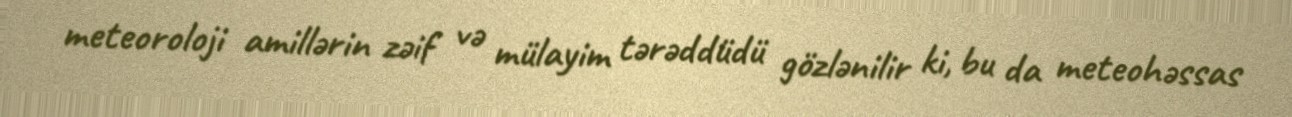
meteoroloji amillərin zəif və mülayim tərəddüdü gözlənilir ki, bu da meteohəssas